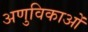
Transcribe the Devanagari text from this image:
अणुविकाओं